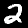
Digit: 2